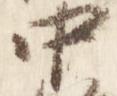
中